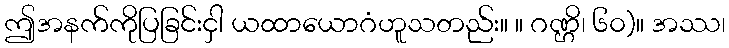
ဤအနက်ကိုပြခြင်းငှါ ယထာယောဂံဟူသတည်း။ ။ ဂဏ္ဌိ၊ ၆၀)။ အဿ၊